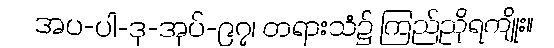
အပ-ပါ-ဒု-အုပ်-၉၇၊ တရားသံ၌ ကြည်ညိုရကျိုး။